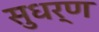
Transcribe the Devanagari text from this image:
सुधर्ण